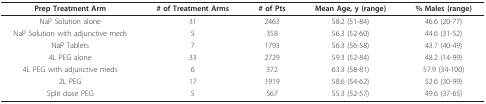
| Prep Treatment Arm | # of Treatment Arms | # of Pts | Mean Age, y (range) | % Males (range) |
 | --- | --- | --- | --- | --- |
 | NaP Solution alone | 31 | 2463 | 58.2 (51-84) | 46.6 (20-77) |
 | NaP Solution with adjunctive meds | 5 | 358 | 56.3 (52-60) | 44.6 (31-52) |
 | NaP Tablets | 7 | 1793 | 56.3 (56-58) | 43.7 (40-49) |
 | 4L PEG alone | 33 | 2729 | 59.3 (52-84) | 48.2 (14-99) |
 | 4L PEG with adjunctive meds | 6 | 372 | 63.3 (58-81) | 57.9 (34-100) |
 | 2L PEG | 17 | 1919 | 58.6 (54-62) | 52.6 (30-99) |
 | Split dose PEG | 5 | 567 | 55.3 (52-57) | 49.6 (37-65) |